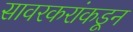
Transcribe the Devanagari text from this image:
सावरकरांकडून